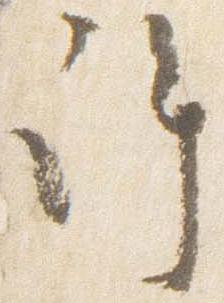
許